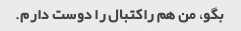
بگو، من هم راکتبال را دوست دارم.